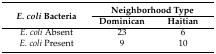
| <ROWSPAN=2> E. coli Bacteria | <COLSPAN=2> Neighborhood Type |
 | Dominican | Haitian |
 | --- | --- | --- |
 | E. coli Absent | 23 | 6 |
 | E. coli Present | 9 | 10 |